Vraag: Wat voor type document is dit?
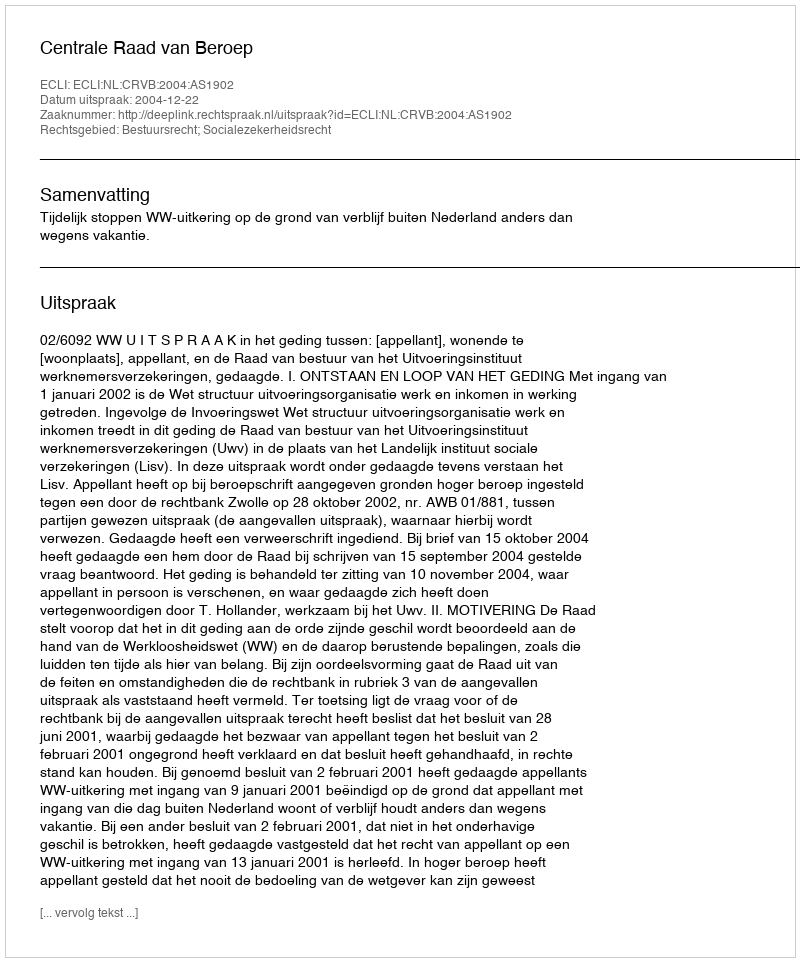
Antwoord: Uitspraak